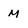
Character: M